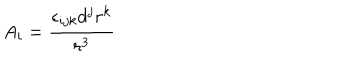
A _ { i } = \frac { \epsilon _ { i j k } d ^ { j } r ^ { k } } { r ^ { 3 } }